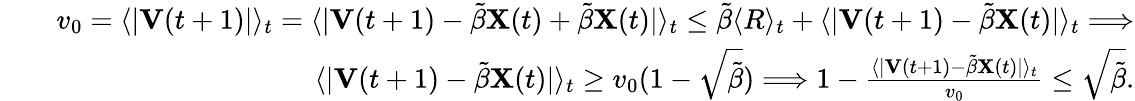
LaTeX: \begin{array}{rlr}&{}&{v_{0}=\langle|\mathbf{V}(t+1)|\rangle_{t}=\langle|\mathbf{V}(t+1)-\tilde{\beta}\mathbf{X}(t)+\tilde{\beta}\mathbf{X}(t)|\rangle_{t}\leq\tilde{\beta}\langle R\rangle_{t}+\langle|\mathbf{V}(t+1)-\tilde{\beta}\mathbf{X}(t)|\rangle_{t}\Longrightarrow}\\ &{}&{\langle|\mathbf{V}(t+1)-\tilde{\beta}\mathbf{X}(t)|\rangle_{t}\geq v_{0}(1-\sqrt{\tilde{\beta}})\Longrightarrow 1-\frac{\langle|\mathbf{V}(t+1)-\tilde{\beta}\mathbf{X}(t)|\rangle_{t}}{v_{0}}\leq\sqrt{\tilde{\beta}}.}\end{array}